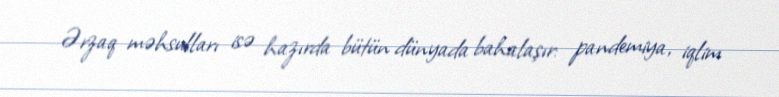
Ərzaq məhsulları isə hazırda bütün dünyada bahalaşır: pandemiya, iqlim